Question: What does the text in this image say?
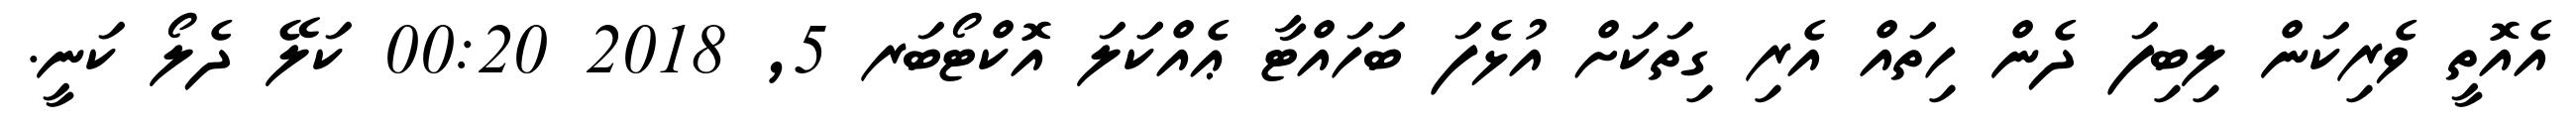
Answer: އެއޮތީ ވެރިކަން ލިބިފަ ދެން ހިތައް އެރި ގިތަކަށް އުޅެފަ ބަހައްޓާ ޢެއްކަަލަ އޮކްޓޯބަރ 5, 2018 00:20 ކަލޭ ދެލޯ ކަނީ.